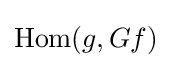
{\text{Hom}}(g,Gf)